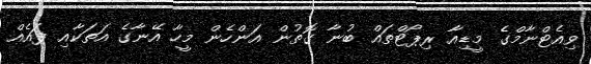
ވިއެޓްނާމްގެ މީޑިއާ ރިޕޯޓްތައް ބުނާ ގޮތުން އަންހެން މީހާ އޭނާގެ އަތަކާއި ފައެއް